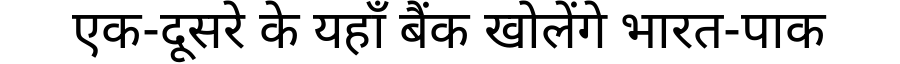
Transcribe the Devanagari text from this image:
एक-दूसरे के यहाँ बैंक खोलेंगे भारत-पाक